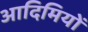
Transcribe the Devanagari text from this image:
आदिमियों